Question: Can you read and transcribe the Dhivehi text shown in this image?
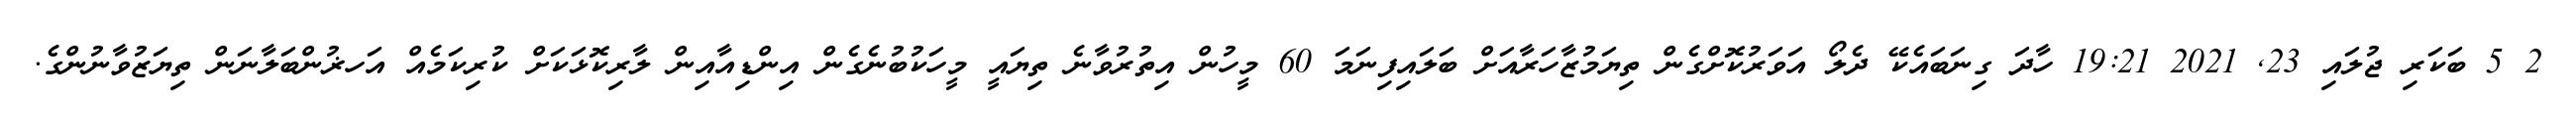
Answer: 2 5 ބަކަރި ޖުލައި 23, 2021 19:21 ހާދަ ގިނަބައެކޭ ދެލޯ އަވަރުކޮށްގެން ތިޔަމުޒާހަރާއަށް ބަލައިފިނަމަ 60 މީހުން އިތުރުވާނެ ތިޔައީ މީހަކުބުނެގެން އިންޑިއާއިން ލާރިކޮޅަކަށް ކުރިކަމެއް އަހޜުންބަލާނަން ތިޔަޒުވާނުންގެ.